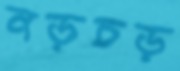
নড়চড়